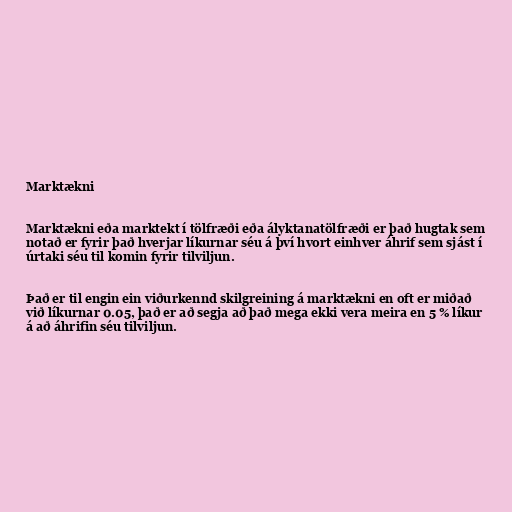
Marktækni

Marktækni eða marktekt í tölfræði eða ályktanatölfræði er það hugtak sem
notað er fyrir það hverjar líkurnar séu á því hvort einhver áhrif sem sjást í
úrtaki séu til komin fyrir tilviljun.

Það er til engin ein viðurkennd skilgreining á marktækni en oft er miðað
við líkurnar 0.05, það er að segja að það mega ekki vera meira en 5 % líkur
á að áhrifin séu tilviljun.